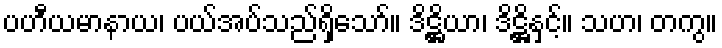
ပဟီယမာနာယ၊ ပယ်အပ်သည်ရှိသော်။ ဒိဋ္ဌိယာ၊ ဒိဋ္ဌိနှင့်။ သဟ၊ တကွ။